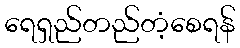
ရေရှည်တည်တံ့စေရန်